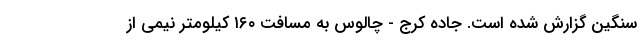
سنگین گزارش شده است. جاده کرج - چالوس به مسافت ۱۶۰ کیلومتر نیمی از